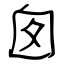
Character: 囱